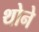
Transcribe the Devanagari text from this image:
थोने